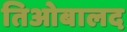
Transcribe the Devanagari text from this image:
तिओबालद